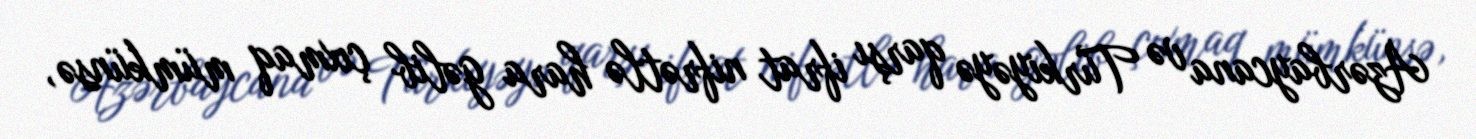
Azərbaycana və Türkiyəyə qarşı ifrat nifrətlə hara gəlib çıxmaq mümkünsə,